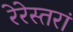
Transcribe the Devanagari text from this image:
रेरेस्तरां